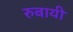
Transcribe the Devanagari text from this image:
रुबायी